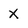
Character: X